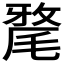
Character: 𣯛